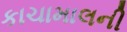
કાચામાલની